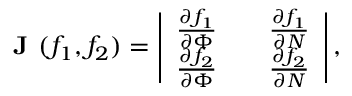
\textbf { J } ( f _ { 1 } , f _ { 2 } ) = \left| \begin{array} { l l l } { \frac { \partial f _ { 1 } } { \partial \Phi } } & { } & { \frac { \partial f _ { 1 } } { \partial N } } \\ { \frac { \partial f _ { 2 } } { \partial \Phi } } & { } & { \frac { \partial f _ { 2 } } { \partial N } } \end{array} \right| ,